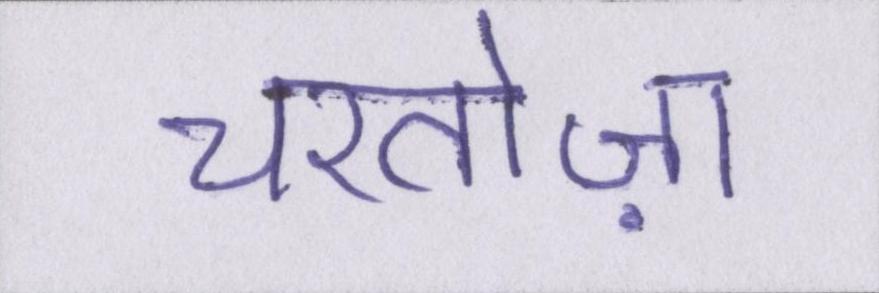
चरतोज़ा